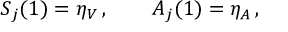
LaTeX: S _ { j } ( 1 ) = \eta _ { V } \, , \qquad A _ { j } ( 1 ) = \eta _ { A } \, ,